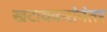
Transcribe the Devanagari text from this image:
खटावकरांनंतर